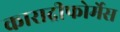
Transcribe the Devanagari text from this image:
काराद्रीफोर्मेस